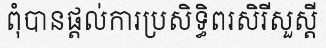
ពុំបានផ្តល់ការប្រសិទ្ធិពរសិរីសួស្តី